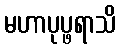
မဟာပုပ္ဖရာသိ